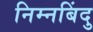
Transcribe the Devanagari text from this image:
निम्नबिंदु